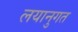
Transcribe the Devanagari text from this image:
लयानुगत